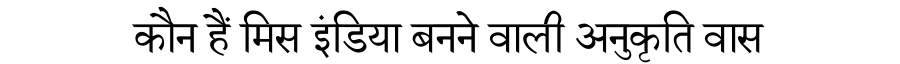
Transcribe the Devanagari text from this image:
कौन हैं मिस इंडिया बनने वाली अनुकृति वास